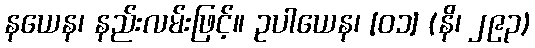
နယေန၊ နည်းလမ်းဖြင့်။ ဥပါယေန၊ [၀၁] (နိ၊ ၂၉၃)